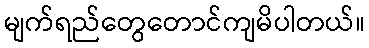
မျက်ရည်တွေတောင်ကျမိပါတယ်။